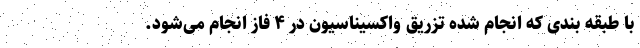
با طبقه بندی که انجام شده تزریق واکسیناسیون در ۴ فاز انجام می‌شود.